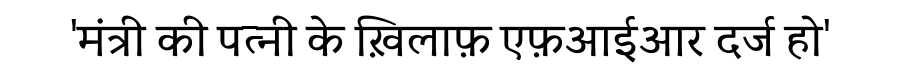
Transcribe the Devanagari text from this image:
'मंत्री की पत्नी के ख़िलाफ़ एफ़आईआर दर्ज हो'